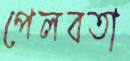
পেলবতা